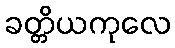
ခတ္တိယကုလေ